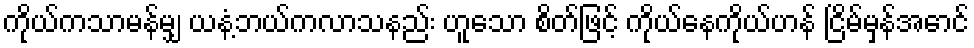
ကိုယ်ကသာမန်မျှ ယနံ့ဘယ်ကလာသနည်း ဟူသော စိတ်ဖြင့် ကိုယ်နေကိုယ်ဟန် ငြိမ်မှန်အောင်